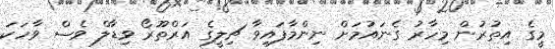
މީގެ އިތުރުން މިހާރު ގެނައުމަށް ނިންމާފައިވާ ޗިލީގެ އަރްތޫރޯ ވިޑާލް ވެސް ވާހަކަ